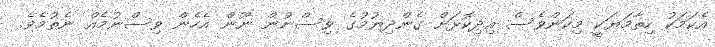
އެކަމަކު ހިތާމަޔަކީ މިކަންވެސް އިދިކޮޅަށް ގެންދިޔުމުގެ ވިސްނުން ނޫން އެހެން ވިސްނުމެއް ނެތުމެވެ.